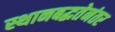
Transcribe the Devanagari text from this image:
स्थानबद्धतेनंतर